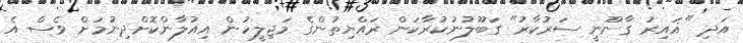
އަދި "ޣައިރު ގާނޫނީ ސަރުކާރު" ގަބޫލުނުކުރާކަން ރައްޔިތުންގެ މަޖިލީހުން އިއުލާންކޮށްދިނުމަށް ވެސް އެ